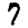
Digit: 7